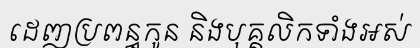
ដេញប្រពន្ធកូន និងបុគ្គលិកទាំងអស់